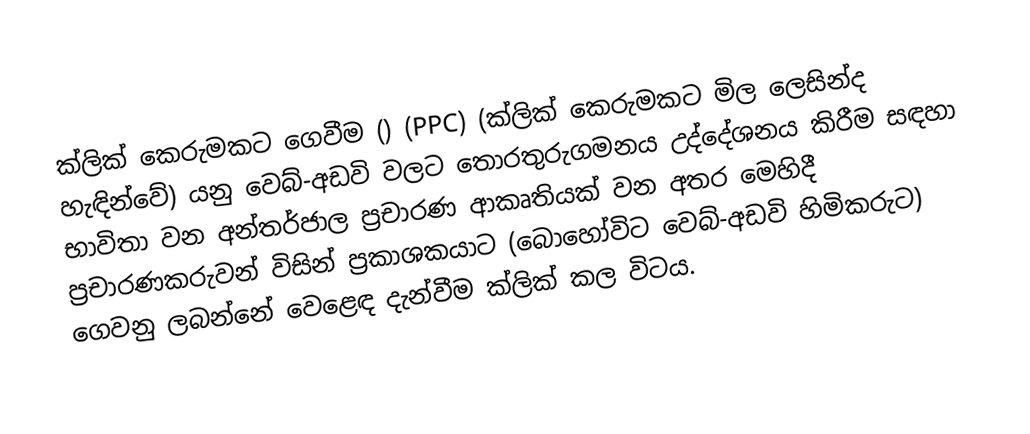
ක්ලික් කෙරුමකට ගෙවීම () (PPC) (ක්ලික් කෙරුමකට මිල ලෙසින්ද හැඳින්වේ) යනු  වෙබ්-අඩවි වලට තොරතුරුගමනය උද්දේශනය කිරීම සඳහා භාවිතා වන අන්තර්ජාල ප්‍රචාරණ ආකෘතියක් වන අතර මෙහිදී ප්‍රචාරණකරුවන් විසින් ප්‍රකාශකයාට (බොහෝවිට වෙබ්-අඩවි හිමිකරුට) ගෙවනු ලබන්නේ වෙළෙඳ දැන්වීම ක්ලික් කල විටය.